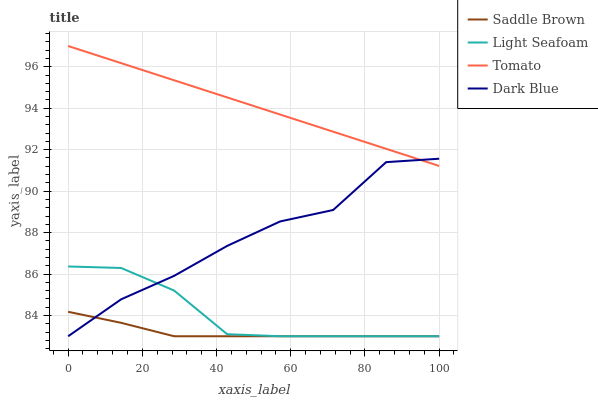
| xaxis_label | Saddle Brown | Light Seafoam | Tomato | Dark Blue |
 | --- | --- | --- | --- | --- |
 | 0 | 84.2 | 86.4 | 97 | 83 |
 | 14.3 | 83.6 | 86.3 | 96.2 | 84.8 |
 | 28.6 | 83 | 85.2 | 95.3 | 85.9 |
 | 42.9 | 83 | 83.1 | 94.5 | 87.4 |
 | 57.1 | 83 | 83 | 93.7 | 88.5 |
 | 71.4 | 83 | 83 | 92.9 | 89.1 |
 | 85.7 | 83 | 83 | 92 | 91.4 |
 | 100 | 83 | 83 | 91.2 | 91.6 |